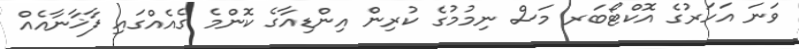
ވަނަ އަހަރުގެ އޮކްޓޯބަރ މަސް ނިމުމުގެ ކުރިން އިންޑިއާގެ ކޮންމެ ގެއެއްގައި ފާޚާނާއެއް